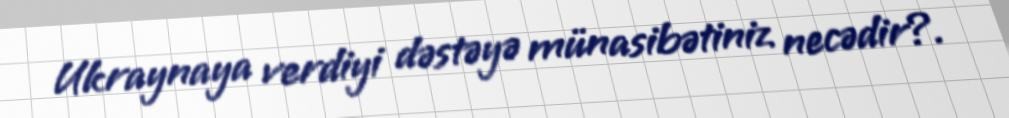
Ukraynaya verdiyi dəstəyə münasibətiniz necədir?.